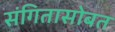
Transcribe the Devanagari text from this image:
संगितासोबत